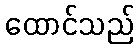
ထောင်သည်